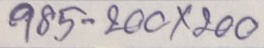
985 - 200 x 200